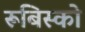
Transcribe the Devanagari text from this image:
रूबिस्को